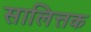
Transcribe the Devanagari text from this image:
सालित्तक